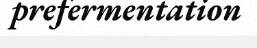
prefermentation